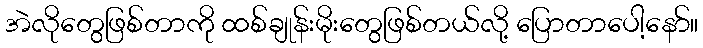
အဲလိုတွေဖြစ်တာကို ထစ်ချုန်းမိုးတွေဖြစ်တယ်လို့ ပြောတာပေါ့နော်။